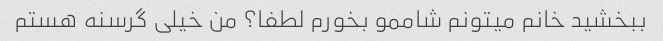
ببخشید خانم میتونم شاممو بخورم لطفا؟ من خیلی گرسنه هستم